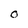
Character: O